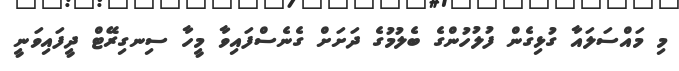
މި މައްސަލައާ ގުޅިގެން ފުލުހުންގެ ބެލުމުގެ ދަށަށް ގެނެސްފައިވާ މީހާ ސިނގިރޭޓް ދީފައިވަނީ